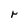
Character: r